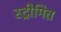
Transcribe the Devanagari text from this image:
स्ट्रीमित